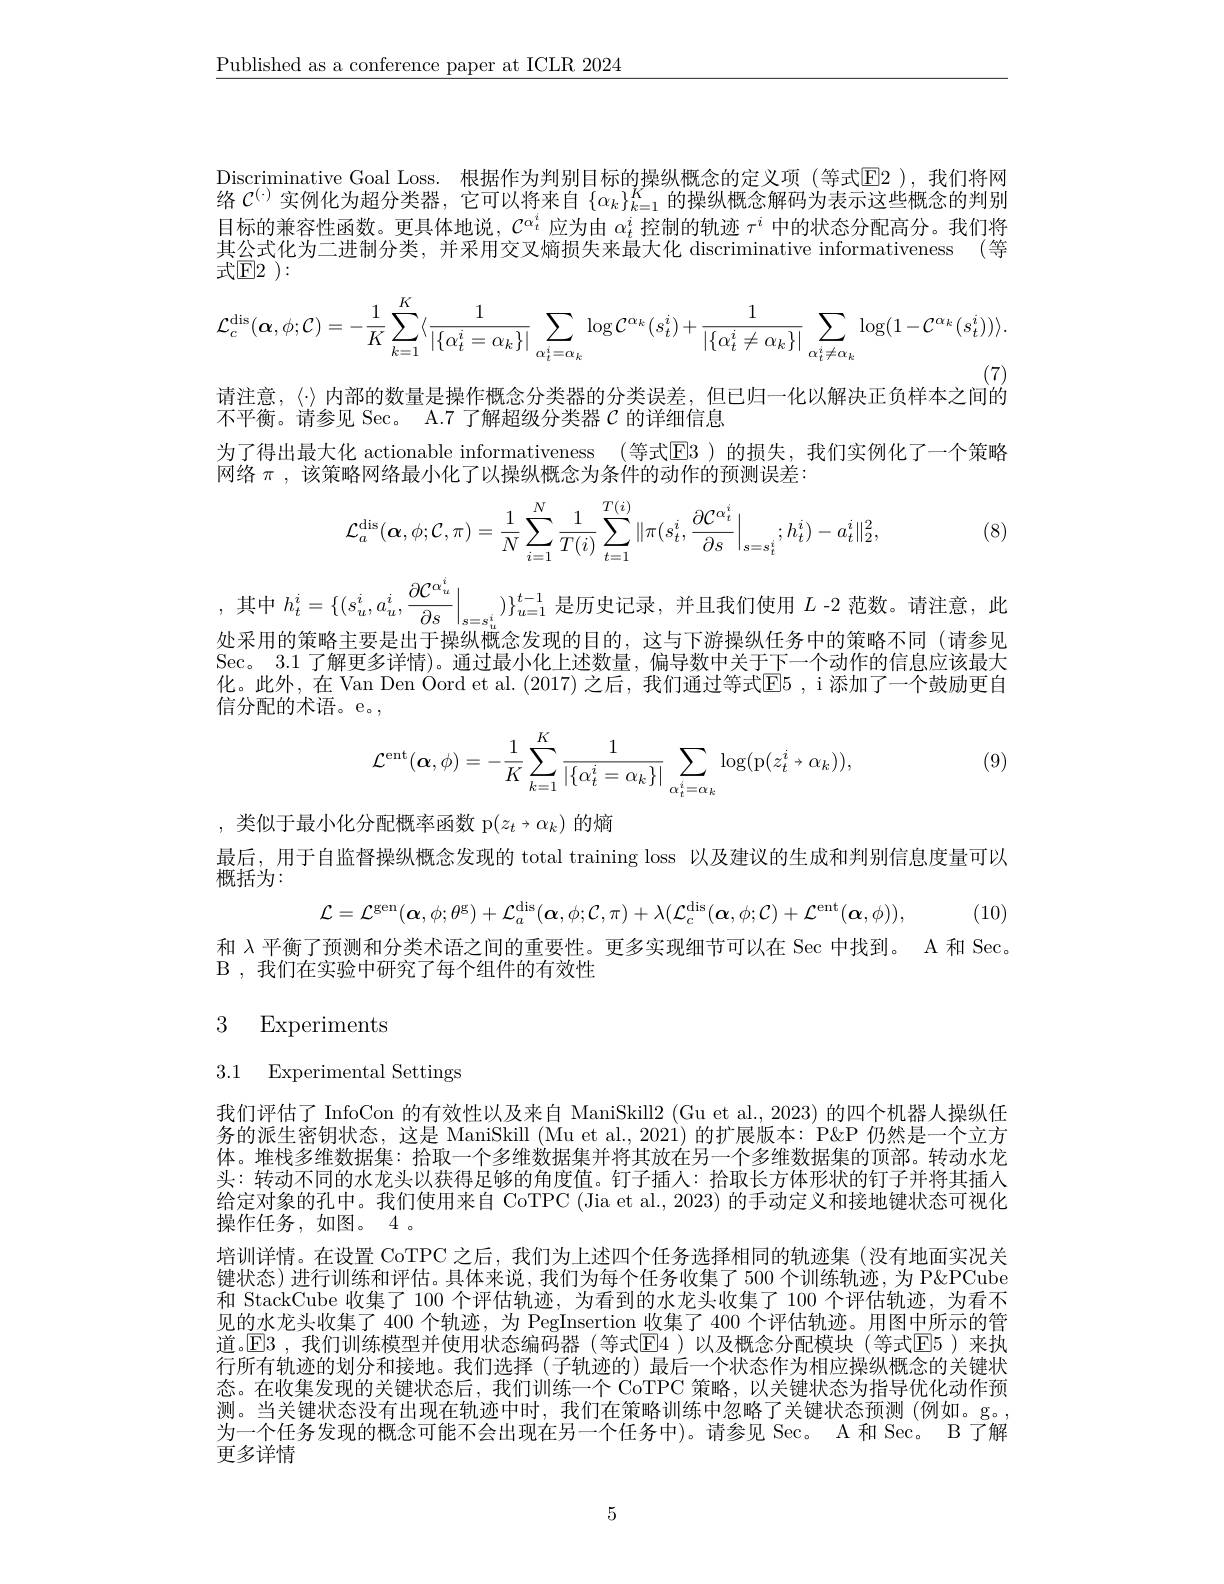
$\underline{\text{Published as a conference paper at ICLR 2024}}$

Discriminative Goal Loss. 根据作为判别目标的操纵概念的定义项 (等式$\overline{\mathrm{E}}$2),我们将网络$\mathcal{C}^{(\cdot)}$实例化为超分类器，它可以将来自$\{\alpha_k\}_k=1^K$的操纵概念解码为表示这些概念的判别目标的兼容性函数。更具体地说，$\mathcal{C}^{\alpha_t^i}$应为由$\alpha_t^i$控制的轨迹$\tau^i$中的状态分配高分。我们将其公式化为二进制分类，并采用交叉熵损失来最大化 discriminative informativeness (等式$\mathbb{E}2$ ):
$$\mathcal{L}_{c}^{\mathrm{dis}}(\boldsymbol{\alpha},\phi;\mathcal{C})=-\frac{1}{K}\sum_{k=1}^{K}\langle\frac{1}{|\{\alpha_{t}^{i}=\alpha_{k}\}|}\sum_{\alpha_{t}^{i}=\alpha_{k}}\log\mathcal{C}^{\alpha_{k}}(s_{t}^{i})+\frac{1}{|\{\alpha_{t}^{i}\neq\alpha_{k}\}|}\sum_{\alpha_{t}^{i}\neq\alpha_{k}}\log(1-\mathcal{C}^{\alpha_{k}}(s_{t}^{i}))\rangle.$$
请注意，〈$\cdot〉内部的数量是操作概念分类器的分类误差，但已归一化以解决正负样本之间的$

不平衡。请参见 Sec。A.7 了解超级分类器$\mathcal{C}$的详细信息
为了得出最大化 actionable informativeness (等式$\overline{\mathrm{E}}$3)的损失，我们实例化了一个策略
网络$\pi$,该策略网络最小化了以操纵概念为条件的动作的预测误差：
$$\mathcal{L}_{a}^{\mathrm{dis}}(\boldsymbol{\alpha},\phi;\mathcal{C},\pi)=\frac{1}{N}\sum_{i=1}^{N}\frac{1}{T(i)}\sum_{t=1}^{T(i)}\|\pi(s_{t}^{i},\frac{\partial\mathcal{C}^{\alpha_{t}^{i}}}{\partial s}\Big|_{s=s_{t}^{i}};h_{t}^{i})-a_{t}^{i}\|_{2}^{2},$$
(8)

其中$h_t^i=\{(s_u^i,a_u^i,\left.\frac{\partial\mathcal{C}^{\alpha_u^i}}{\partial s}\right|_{s=s_u^i})\}_{u=1}^{t-1}$是历史记录，并且我们使用$L$ -2 范数。请注意，此处采用的策略主要是出于操纵概念发现的目的，这与下游操纵任务中的策略不同(请参见Sec。3.1 了解更多详情)。通过最小化上述数量，偏导数中关于下一个动作的信息应该最大化。此外，在 Van Den Oord et al. (2017) 之后，我们通过等式$\mathbb{E}5$ ,i 添加了一个鼓励更自信分配的术语。e。
$$\mathcal{L}^{\mathrm{ent}}(\boldsymbol{\alpha},\phi)=-\frac{1}{K}\sum_{k=1}^{K}\frac{1}{|\{\alpha_t^i=\alpha_k\}|}\sum_{\alpha_t^i=\alpha_k}\log(\mathrm{p}(z_t^i\to\alpha_k)),$$
(9)

,类似于最小化分配概率函数 p$(z_t\to\alpha_k)$的熵
最后，用于自监督操纵概念发现的 total training loss 以及建议的生成和判别信息度量可以
概括为：
$$\mathcal{L}=\mathcal{L}^{\mathrm{gen}}(\alpha,\phi;\theta^{\mathrm{g}})+\mathcal{L}_{a}^{\mathrm{dis}}(\alpha,\phi;\mathcal{C},\pi)+\lambda(\mathcal{L}_{c}^{\mathrm{dis}}(\alpha,\phi;\mathcal{C})+\mathcal{L}^{\mathrm{ent}}(\alpha,\phi)),$$
(10)
和$\lambda$平衡了预测和分类术语之间的重要性。更多实现细节可以在 Sec 中找到。A 和 Sec。
B , 我们在实验中研究了每个组件的有效性

# 3 Experiments

## 3.1 Experimental Settings

我们评估了 InfoCon 的有效性以及来自 ManiSkill2 (Gu et al., 2023) 的四个机器人操纵任务的派生密钥状态，这是 ManiSkill (Mu et al.,2021) 的扩展版本：P&P 仍然是一个立方体。堆栈多维数据集：拾取一个多维数据集并将其放在另一个多维数据集的顶部。转动水龙头：转动不同的水龙头以获得足够的角度值。钉子插人：拾取长方体形状的钉子并将其插入给定对象的孔中。我们使用来自 CoTPC (Jia et al., 2023) 的手动定义和接地键状态可视化操作任务，如图。4。
培训详情。在设置 CoTPC 之后，我们为上述四个任务选择相同的轨迹集 (没有地面实况关键状态)进行训练和评估。具体来说，我们为每个任务收集了 500 个训练轨迹，为 P&PCube 和 StackCube 收集了 100 个评估轨迹，为看到的水龙头收集了 100 个评估轨迹，为看不见的水龙头收集了 400 个轨迹，为 PegInsertion 收集了 400 个评估轨迹。用图中所示的管道。$\mathbb{E}$3 ,我们训练模型并使用状态编码器 (等式$\mathbb{E}$4 )以及概念分配模块(等式$\mathbb{E}$5)来执行所有轨迹的划分和接地。我们选择(子轨迹的)最后一个状态作为相应操纵概念的关键状态。在收集发现的关键状态后，我们训练一个 CoTPC 策略，以关键状态为指导优化动作预测。当关键状态没有出现在轨迹中时，我们在策略训练中忽略了关键状态预测(例如。g。, 为一个任务发现的概念可能不会出现在另一个任务中)。请参见 Sec。A 和 Sec。B 了解更多详情

5